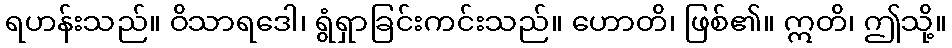
ရဟန်းသည်။ ဝိသာရဒေါ၊ ရွံရှာခြင်းကင်းသည်။ ဟောတိ၊ ဖြစ်၏။ ဣတိ၊ ဤသို့။